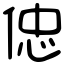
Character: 𠊞